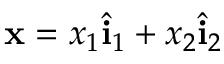
{ \bf x } = x _ { 1 } \hat { \bf i } _ { 1 } + x _ { 2 } \hat { \bf i } _ { 2 }